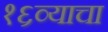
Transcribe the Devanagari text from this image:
१६व्याचा